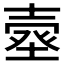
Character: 𰊗